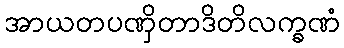
အာယတပဏှိတာဒိတိလက္ခဏံ